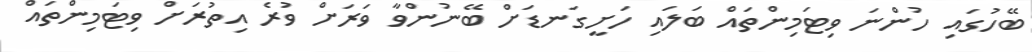
ބޭހުގައި ހުންނަ ވިޓަމިންތައް ބަލައި ހަށީގަނޑަށް ބޭނުންވާ ވަރަށް ވުރެ އިތުރަށް ވިޓަމިންތައް